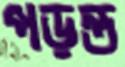
পড়ন্ত